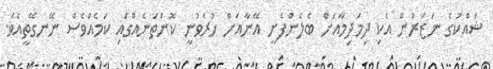
ޝައްކުގެ ނަޒަރުން އެކި ދިމަދިމާއަށް ބެލެންފެށީ އޭނާއަށް ހުރެވުނީ ކޮންތަނެއްގައި ކަމެއްވެސް ނޭނގޭތީއެވެ.